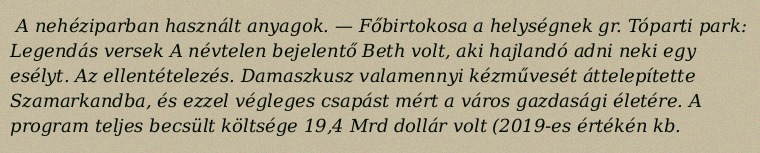
A nehéziparban használt anyagok. — Főbirtokosa a helységnek gr. Tóparti park: Legendás versek A névtelen bejelentő Beth volt, aki hajlandó adni neki egy esélyt. Az ellentételezés. Damaszkusz valamennyi kézművesét áttelepítette Szamarkandba, és ezzel végleges csapást mért a város gazdasági életére. A program teljes becsült költsége 19,4 Mrd dollár volt (2019-es értékén kb.